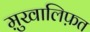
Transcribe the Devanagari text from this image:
मु़खालिफ़त